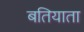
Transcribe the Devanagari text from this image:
बतियाता